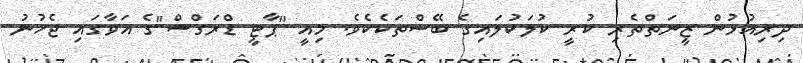
ދިރިއުޅުން ޒީނަތްތެރި ކުރީ ކުލަކުލައިގެ ބޭސްތަކެކެވެ. މިއީ "ޕާޓީ ޑްރަގްސް"ގެ އަވާގައި ޖެހުނު